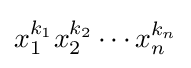
x_{1}^{k_{1}}x_{2}^{k_{2}}\cdots x_{n}^{k_{n}}